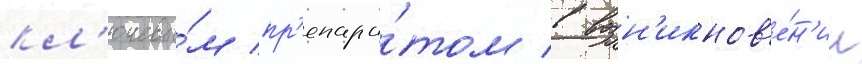
кл'ючевы́м пр'епара́том в возн'икнов'е́н'ии